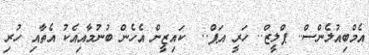
އެމްބިއުލެންސް.. ޕްލީޒް.. ހަރީ އަޕް..  ކައިޒީން އެހެން ބުނުމާއިއެކު އެތާއި ހުރި